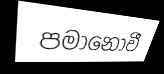
පමානොවී